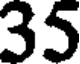
35